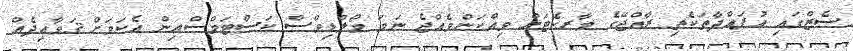
ސެޒްގައި އުފައްދާތަކެތި ރާއްޖޭގެ މާރކެޓަށް ވިއްކަންވެއްޖެ ނަމަ މޯލްޑިވްސް ކަސްޓަމްސްއިން އެކަމަށް ޤަވާއިދެއް